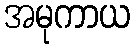
အမုကာယ